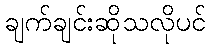
ချက်ချင်းဆိုသလိုပင်